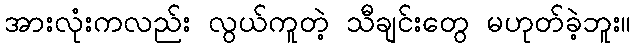
အားလုံးကလည်း လွယ်ကူတဲ့ သီချင်းတွေ မဟုတ်ခဲ့ဘူး။